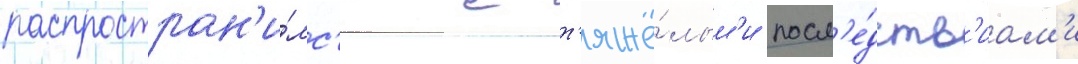
распростран'и́лс'я с т'яжё́лым'и посл'е́дств'иам'и